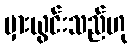
မှားယွင်းသည်ဟု